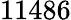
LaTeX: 11486